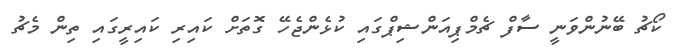
ކޯޗު ބޭނުންވަނީ ސާފް ޗެމްޕިއަންޝިޕްގައި ކުޅެންޖެހޭ ގޮތަށް ކައިރި ކައިރީގައި ތިން މެޗު